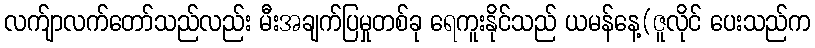
လက်ျာလက်တော်သည်လည်း မီးအချက်ပြမှုတစ်ခု ရေကူးနိုင်သည် ယမန်နေ့(ဇူလိုင် ပေးသည်က